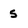
Character: s